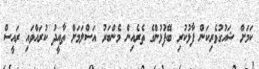
ކަމަށް ޝައުގުވެރިކަން ފާޅުކުރި ބޭފުޅުންގެ ތެރެއިން މެންބަރު އަސްލަމަށް ތާއީދު ކުރައްވައި ރައީސް